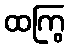
ထကြွ